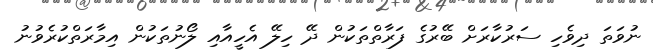
ނުވަތަ ދިވެހި ސަރުކާރަށް ބޭރުގެ ފަރާތްތަކުން ދޭ ހިލޭ އެހީއާއި ލޯނުތަކުން އިމާރަތްކުރެވުނު